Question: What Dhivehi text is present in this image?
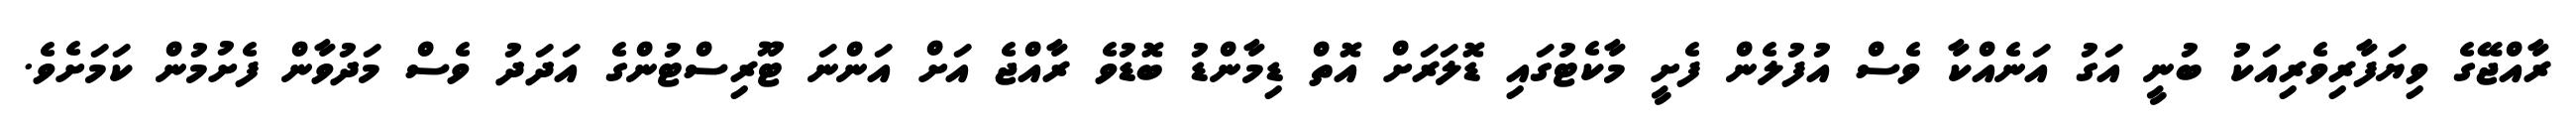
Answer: ރާއްޖޭގެ ވިޔަފާރިވެރިއަކު ބުނީ އަގު އަނެއްކާ ވެސް އުފުލެން ފެށީ މާކެޓުގައި ޑޮލަރަށް އޮތް ޑިމާންޑު ބޮޑުވެ ރާއްޖެ އަށް އަންނަ ޓޫރިސްޓުންގެ އަދަދު ވެސް މަދުވާން ފެށުމުން ކަމަށެވެ.